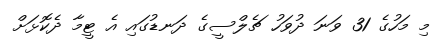
މި މަހުގެ 31 ވަނަ ދުވަހު ޗެލްސީގެ ދަނޑުގައި އެ ޓީމާ ދެކޮޅަށް